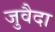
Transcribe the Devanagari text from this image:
जुवैदा